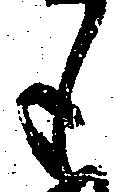
も